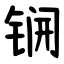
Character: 锎